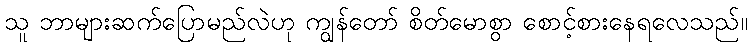
သူ ဘာများဆက်ပြောမည်လဲဟု ကျွန်တော် စိတ်မောစွာ စောင့်စားနေရလေသည်။